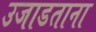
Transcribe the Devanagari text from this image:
उजाडताना